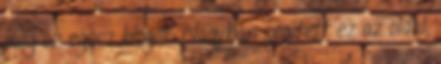
meg az egész blogot. Nagyban segített ez az oldal,